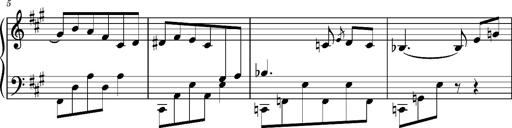
Title: Album-Leaf, S.166s
Composer: Franz Liszt
Key: F-sharp minor